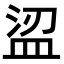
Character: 𥁤